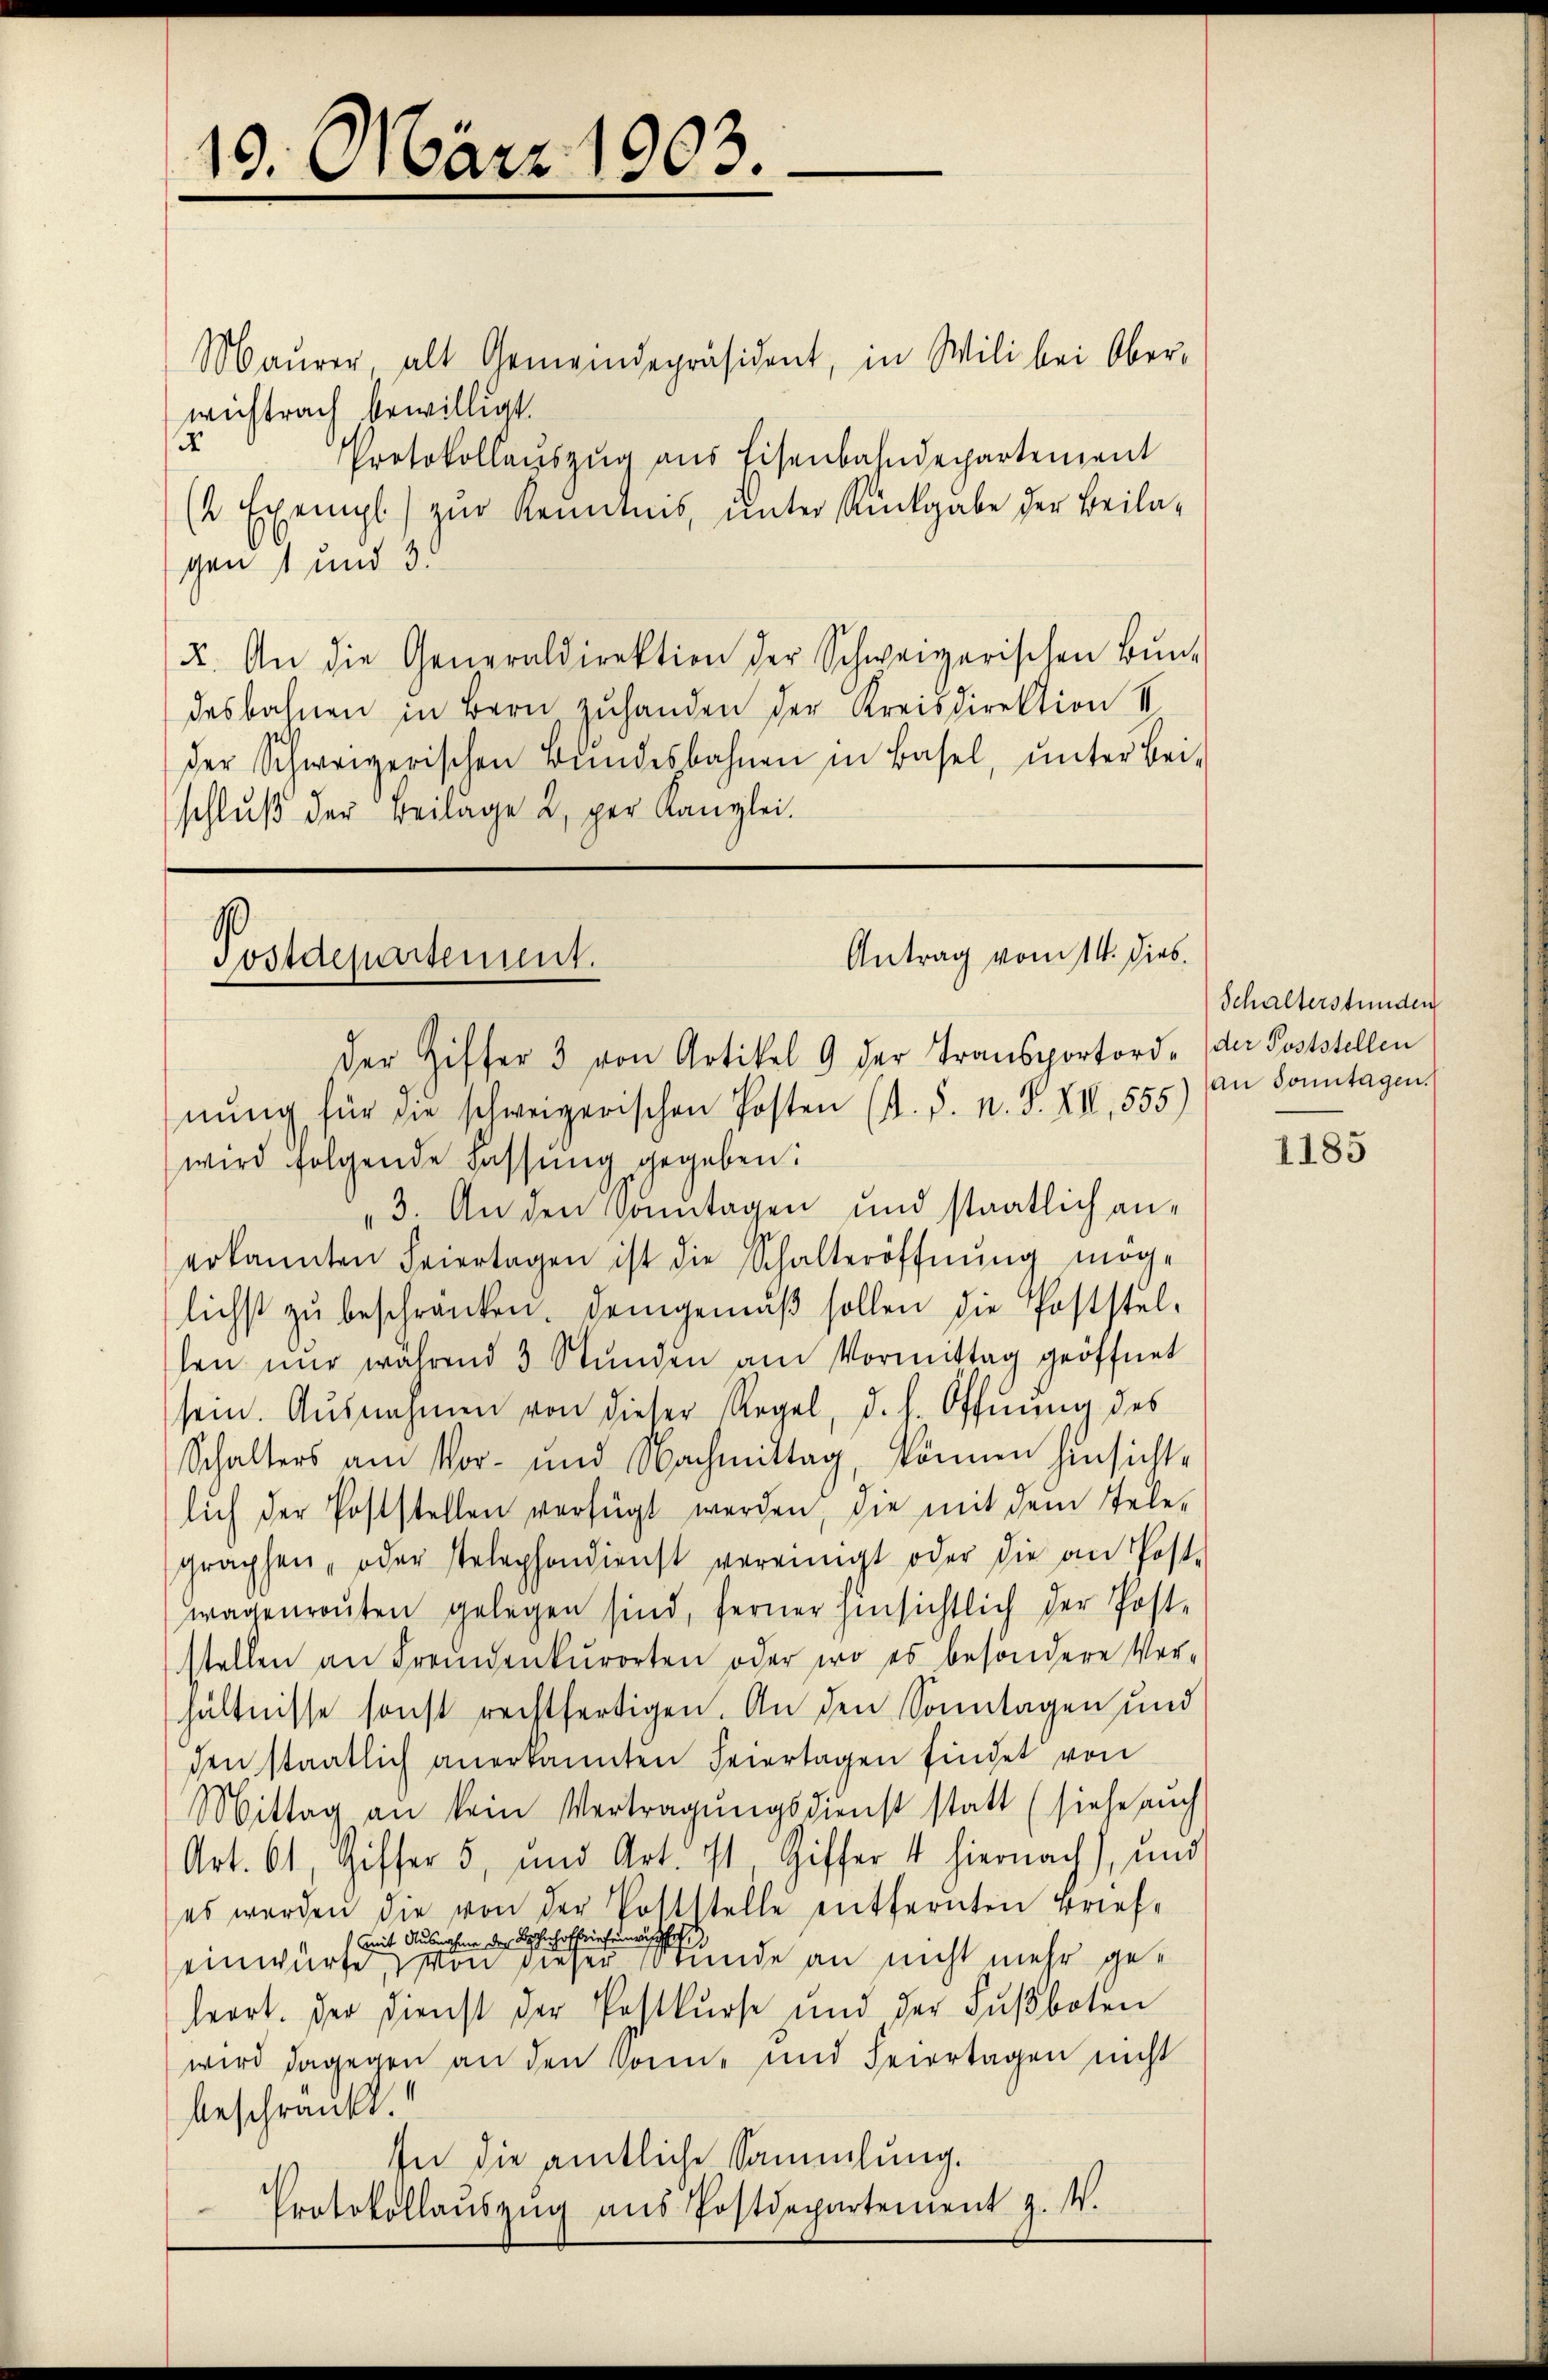
Maŭrer alt Gemeindepräsident, in Wili bei Ober-
wichtrach bewilligt.
4
Protokollauszug aus Eisenbahndepartement
(2 Exempl) zur Kenntnis ŭnter Rückgabe der Beila-
gen 1 und 3.
X. An die Generaldirektion der Schweizerischen Bŭnd
desbahnen in Bern zuhanden der Kreisdirektion II
der Schweizerischen Bŭndesbahnen in Basel, ŭnter bei-
schlŭβ der Beilage 2, per Kanzlei.

10. März 1903.

Antrag vom 14. dies
Postdepartement.

der Ziffer 3 von Artikel 9 der Transportord- der Poststellen
nŭng für die schweizerischen Posten (s. S. n. F. XII, 555)
wird folgende Fassung gegeben:
3. An den Sonntagen und staatlich anerkannten Feiertagen ist die Schalteröffnŭng möge
lichst zŭ beschränken. Demgemäβ sollen die Poststel-
len nur während 3 Stunden am Vormittag geöffnet
sein. Ausnahmen von dieser Regel, d. h. Öffnung des
Schalters am Vor- und Nachmittag, können hinsicht,
lich der Poststellen verfügt werden, die mit dem Tele-
graphen- oder stelephondienst vereinigt oder die an Post-
wagenroŭten gelegen sind, ferner hinsichtlich der Post-
stellen an Fremdenkŭrorten oder wo es besondere Ver-
hältnisse sonst rechtfertigen. An den Sonntagen und
den staatlich anerkannten Feiertagen findet von
Mittag an kein Vertragungsdienst statt (siehe auch
Art. 61, giffer 5, und Art. Ist Giffer 4 hiernach), und
es werden die von der Pottstelle entfernten Briefe
mit Ausnahme der Bahnhofferief eingische
einwürfe, von dieser Stunde an nicht mehr geleort. Der Dienst der Postkŭrse und der Fŭβboten
wird dagegen an den Sonne und Feiertagen nicht
beschränkt.
In die amtliche Sammlung.
Protokollaŭszŭg aŭs Postdepartement z. W.

Schalterstunden
an Sonntagen.

1185